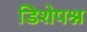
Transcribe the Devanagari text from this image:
डिशेपश्न